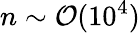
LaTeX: n\sim\mathcal{O}(10^{4})